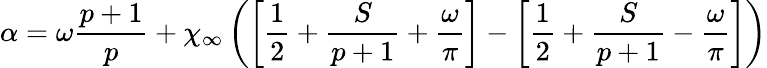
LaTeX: \alpha=\omega\displaystyle\frac{p+1}{p}+\chi_{\infty}\left(\left[\displaystyle\frac{1}{2}+\displaystyle\frac{S}{p+1}+\displaystyle\frac{\omega}{\pi}\right]-\left[\displaystyle\frac{1}{2}+\displaystyle\frac{S}{p+1}-\displaystyle\frac{\omega}{\pi}\right]\right)